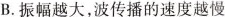
B.振幅越大，波传播的速度越慢